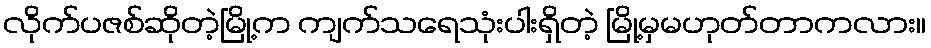
လိုက်ပဇစ်ဆိုတဲ့မြို့က ကျက်သရေသုံးပါးရှိတဲ့ မြို့မှမဟုတ်တာကလား။